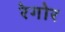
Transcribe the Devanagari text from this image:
रेगोर